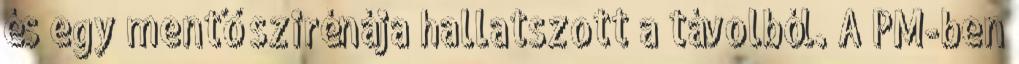
és egy mentő szirénája hallatszott a távolból. A PM-ben